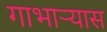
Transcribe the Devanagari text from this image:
गाभाऱ्यास